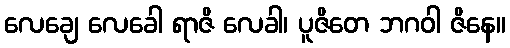
လေချေ လေခေါ ရာဇိ လေခါ၊ ပူဇိတေ ဘဂဝါ ဇိနေ။